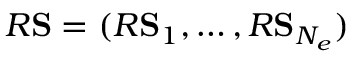
R { \mathbf { S } } = ( R { \mathbf { S } } _ { 1 } , \ldots , R { \mathbf { S } } _ { N _ { e } } )